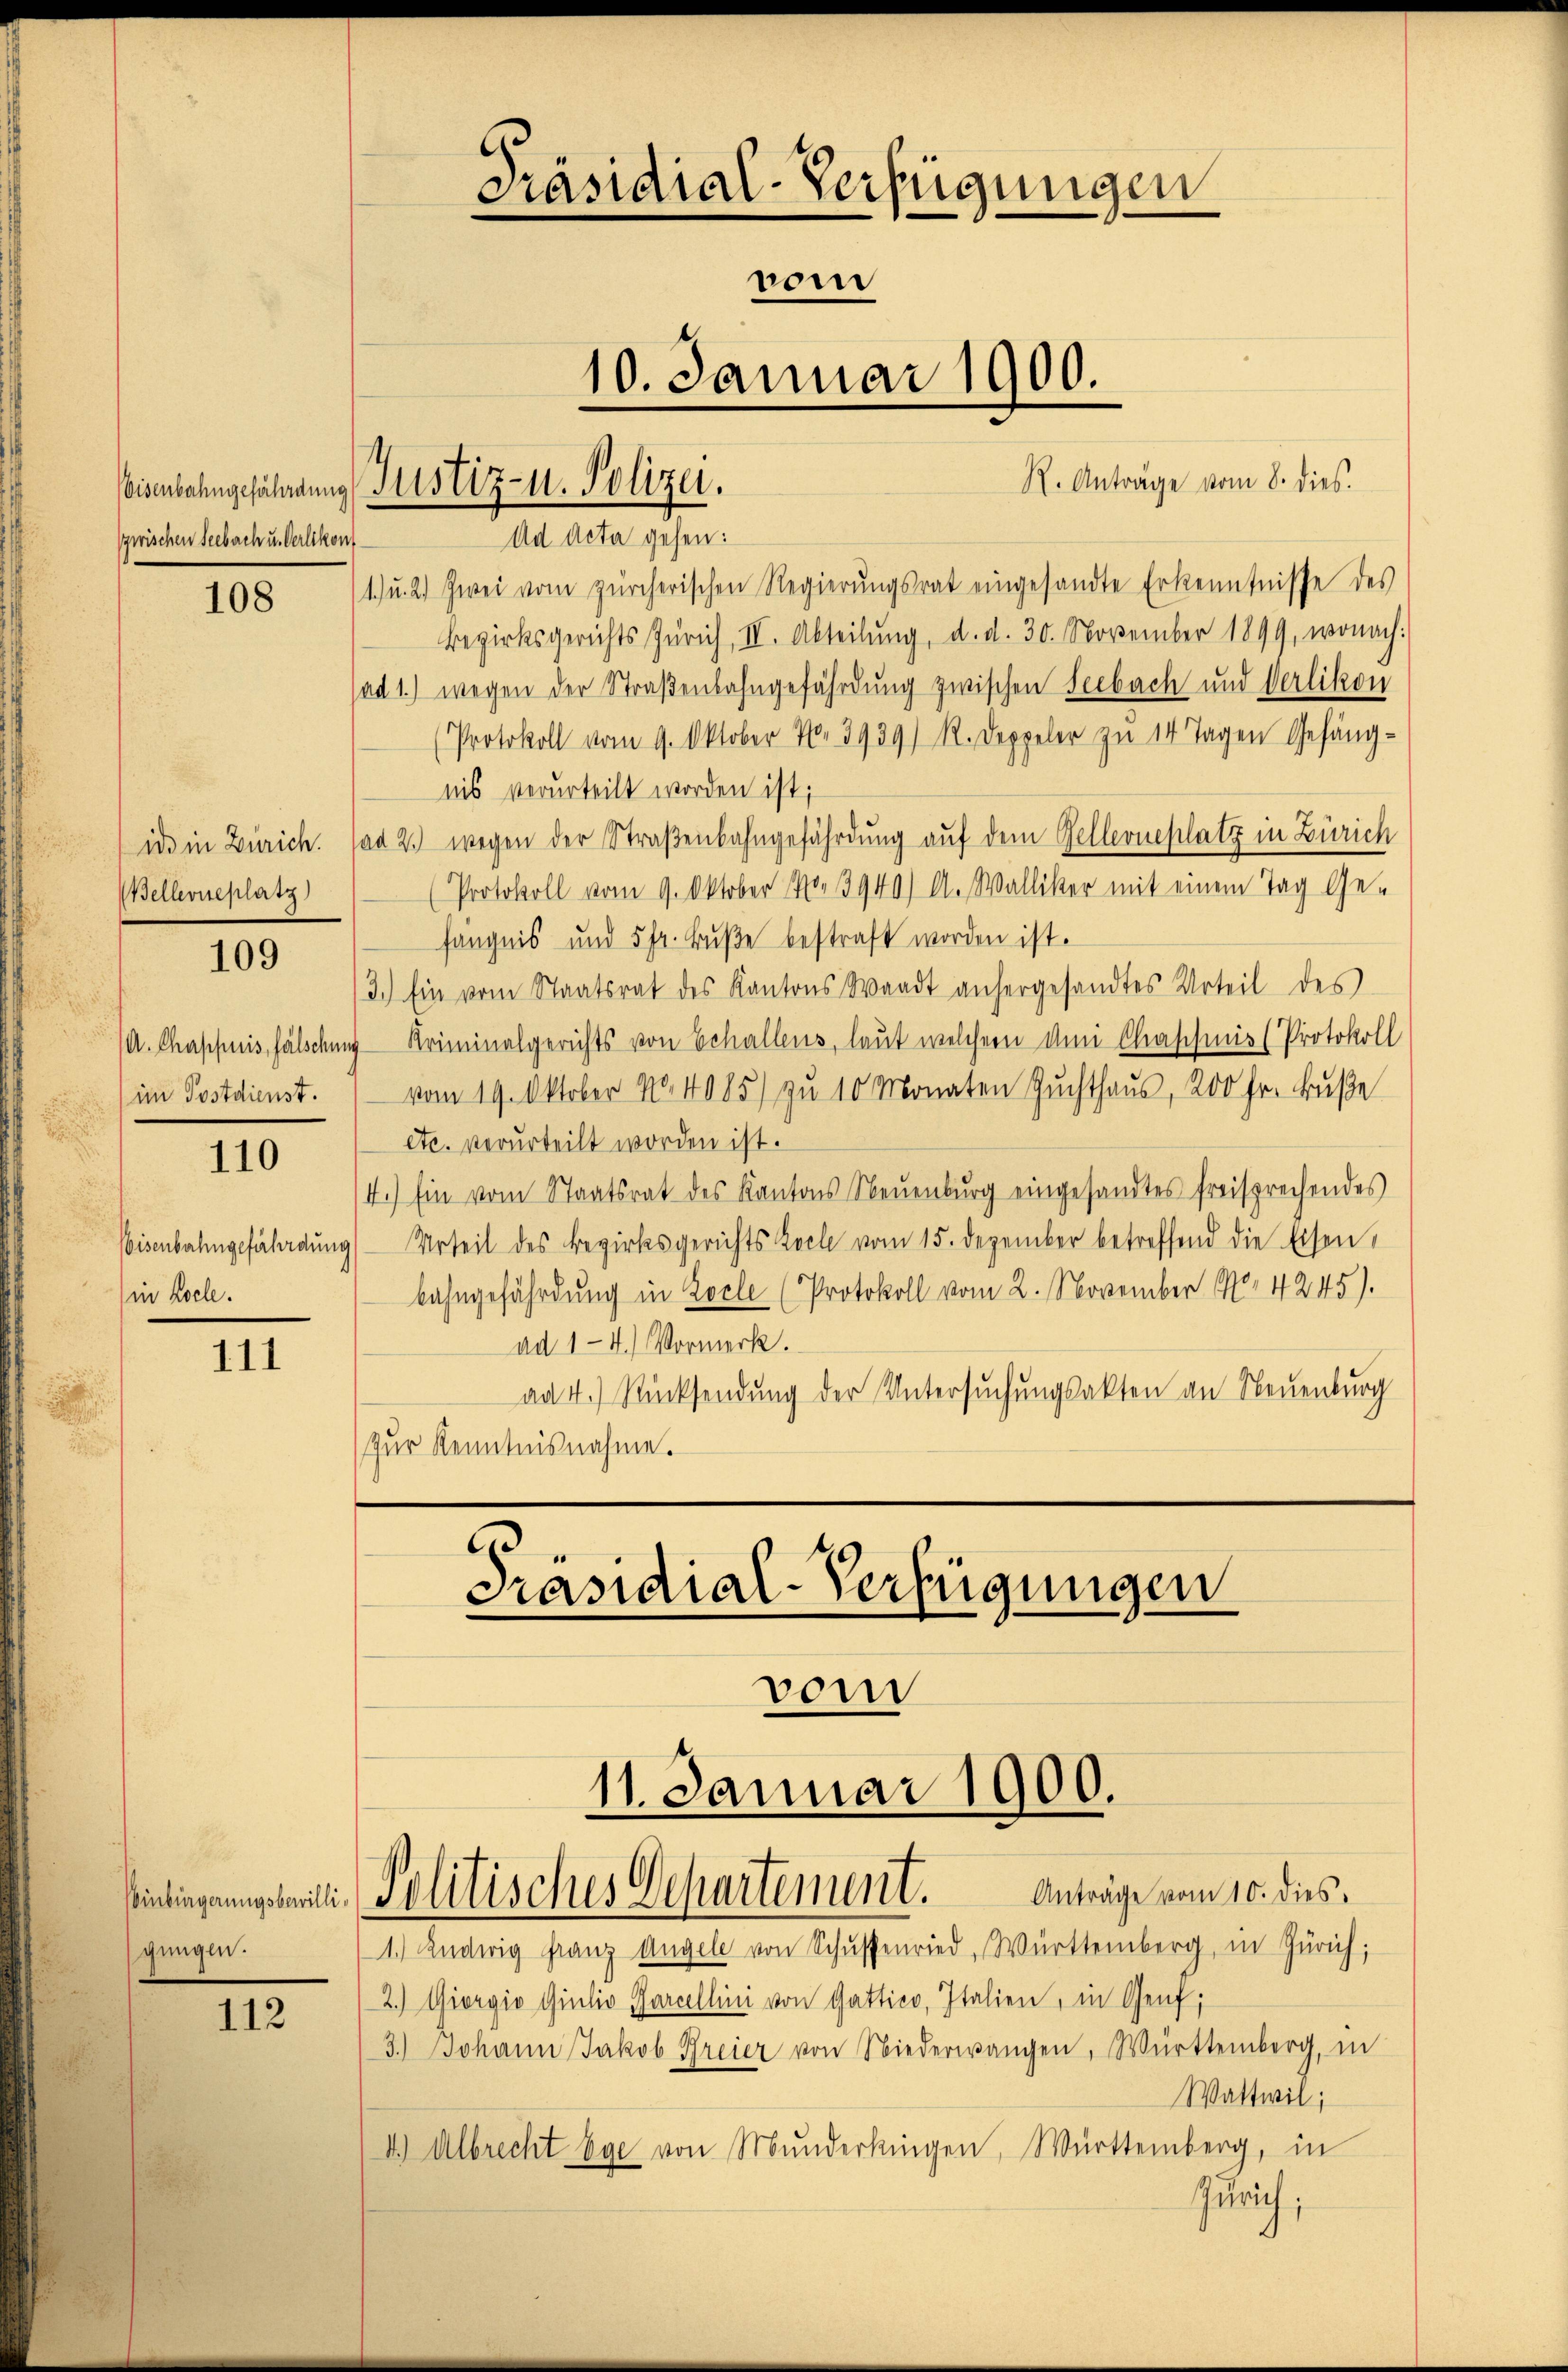
Eisenbahngefährdung
zwischen Seebach u. Verlikon

108

Bellerieplatz

109

A. Chappuis, fälschung
im Postdienst.

110

Eisenbahngefährdung
in Kolle.

111

gungen.

112

Präsidial-Verfügungen
nom
10. Januar 1900.

1.) u. 2.) Zwei vom zürcherischen Regierŭngsrat eingesandte Erkenntnisse des
Bezirksgerichts Zürich, II. Abteilŭng, d. d. 30. November 1899, wonach:
(ad 1.) wegen der Straßenbahngefährdung zwischen Seebach und Verlikon
(Protokoll vom 9. Oktober N. 3939) R. Doppeler zu 14 Tagen Gefängnis verurteilt worden ist;
ido in Zürich. ad 2. wegen der Straßenbahngefährdung auf dem Gellerneplatz in Zürich
Protokoll vom 9. Oktober 10. 13940) A. Walliker mit einem Tag Ge-
fängnis und 5 fr. Bŭβe bestraft worden ist.
3.) Ein vom Staatsrat des Kantons Waadt anhergesandtes Urteil des
Kriminalgerichts von Echallens, laut welchem dei Chaschinis (Protokoll
vom 19. Oktober 104085) zu 10 Monaten Zuchthaus, 200 Fr. Buße
etc. verurteilt worden ist.
4.) Ein vom Staatsrat des Kantons Neuenburg eingesandtes freisprechendes
Urteil des Bezirksgerichts Koch vom 15. Dezember betreffend die Eisen,
bahngefährdung in Zoele (Protokoll vom 2. November No 4245).
ad 1-4.) Vormerk.
ad 4.) Rücksendung der Untersuchungsakten an Neuenburg
zur Kenntnisnahme.

Justiz- u. Polizei.
Ad Acta gehen:

2.) Giorgio Giulio Parcellini von Gattico, Italien, in Genf;
3.) Johann Jakob Breier von Niederwangen, Württemberg, in
4.) Albrecht Ege von Munderkingen, Württemberg, in

R. Anträge vom 8. dies

Präsidial-Verfügungen
11. Januar 1900.
Anträge vom 10. dies,
Eindringungsweili, Politisches Departement.
1.) Ludwig Franz Angele von Schussenried, Württemberg, in Zürich;

Wattwil;
Gülrich;

vom